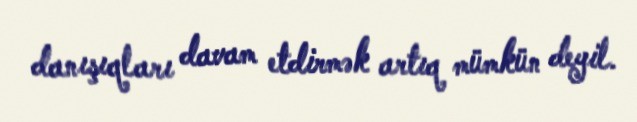
danışıqları davam etdirmək artıq mümkün deyil.